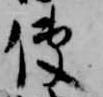
使